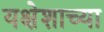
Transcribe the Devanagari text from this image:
यक्षेशाच्या